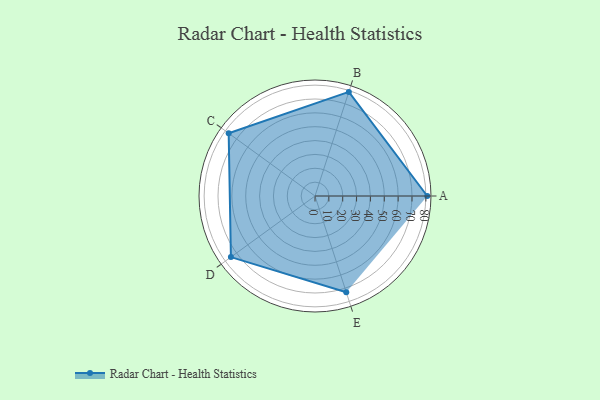
{"axis": {"x": "Skill", "y": "Score"}, "legend": ["Profile"], "data": [{"x": "A", "y": 81.0, "type": "Profile"}, {"x": "B", "y": 79.0, "type": "Profile"}, {"x": "C", "y": 77.0, "type": "Profile"}, {"x": "D", "y": 75.0, "type": "Profile"}, {"x": "E", "y": 73.0, "type": "Profile"}]}